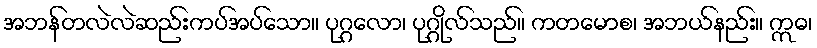
အဘန်တလဲလဲဆည်းကပ်အပ်သော။ ပုဂ္ဂလော၊ ပုဂ္ဂိုလ်သည်။ ကတမောစ၊ အဘယ်နည်း။ ဣဓ၊